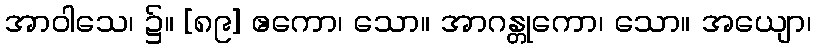
အာဝါသေ၊ ၌။ [၈၉] ဧကော၊ သော။ အာဂန္တုကော၊ သော။ အယျော၊